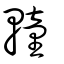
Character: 䡴